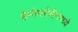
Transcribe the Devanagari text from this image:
हेमोग्लोबीनमध्ये